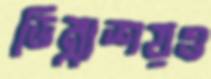
ডিম্বাশয়ও